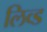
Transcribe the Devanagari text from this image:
लिव्ड